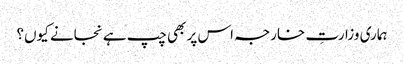
ہماری وزارتِ خارجہ اس پر بھی چپ ہے نجانے کیوں؟